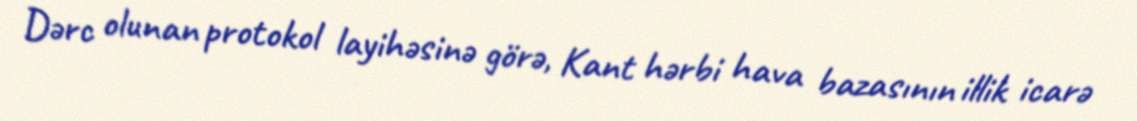
Dərc olunan protokol layihəsinə görə, Kant hərbi hava bazasının illik icarə